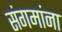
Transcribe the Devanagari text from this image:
संगमांना